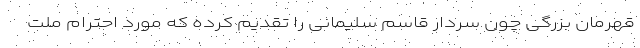
قهرمان بزرگی چون سردار قاسم سلیمانی را تقدیم کرده که مورد احترام ملت